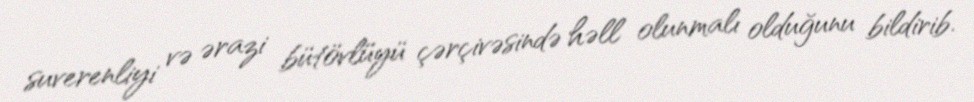
suverenliyi və ərazi bütövlüyü çərçivəsində həll olunmalı olduğunu bildirib.